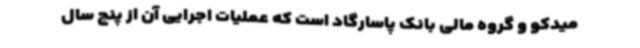
میدکو و گروه مالی بانک پاسارگاد است که عملیات اجرایی آن از پنج سال